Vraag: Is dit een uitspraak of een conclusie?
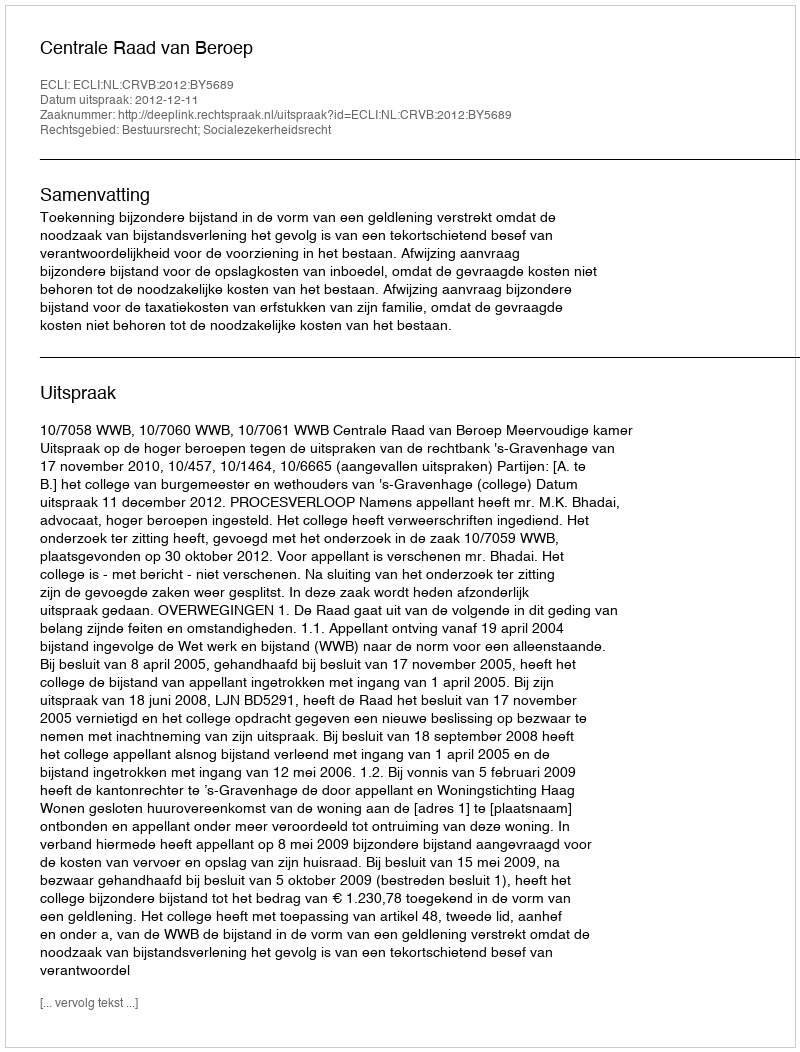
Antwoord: Uitspraak